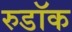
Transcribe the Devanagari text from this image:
रुडॉक